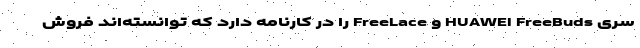
سری HUAWEI FreeBuds و FreeLace را در کارنامه دارد که توانسته‌اند فروش